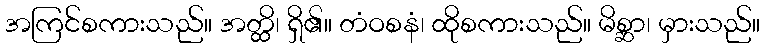
အကြင်စကားသည်။ အတ္ထိ၊ ရှိ၏။ တံဝစနံ၊ ထိုစကားသည်။ မိစ္ဆာ၊ မှားသည်။